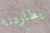
يطاردنا